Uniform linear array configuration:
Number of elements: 32
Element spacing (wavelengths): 0.75
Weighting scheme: hann
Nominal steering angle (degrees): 15
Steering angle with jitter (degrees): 14.654
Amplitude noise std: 0.05
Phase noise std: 0.05

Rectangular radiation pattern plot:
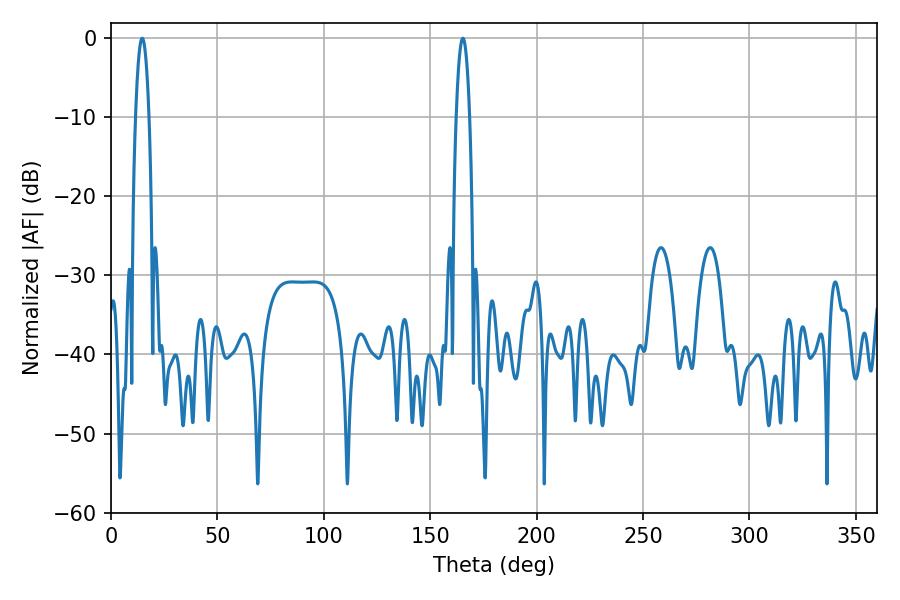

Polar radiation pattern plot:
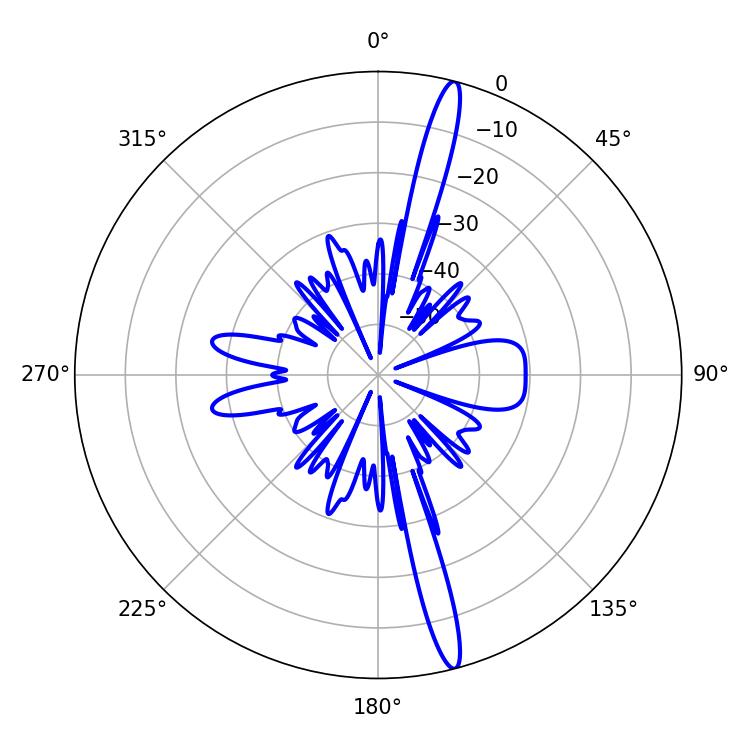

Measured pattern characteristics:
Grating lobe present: TRUE
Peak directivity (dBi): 17.781
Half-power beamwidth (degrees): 3.42
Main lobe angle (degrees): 14.58